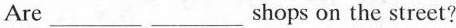
Are___ ___shops on the street?